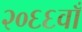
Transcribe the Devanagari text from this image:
२०६६वाँ